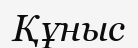
Құныс